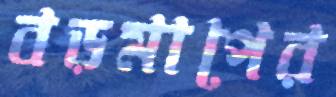
বড়মাপের